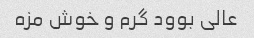
عالی بوود گرم و خوش مزه